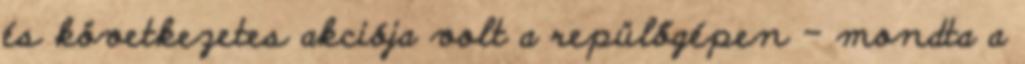
és következetes akciója volt a repülőgépen – mondta a